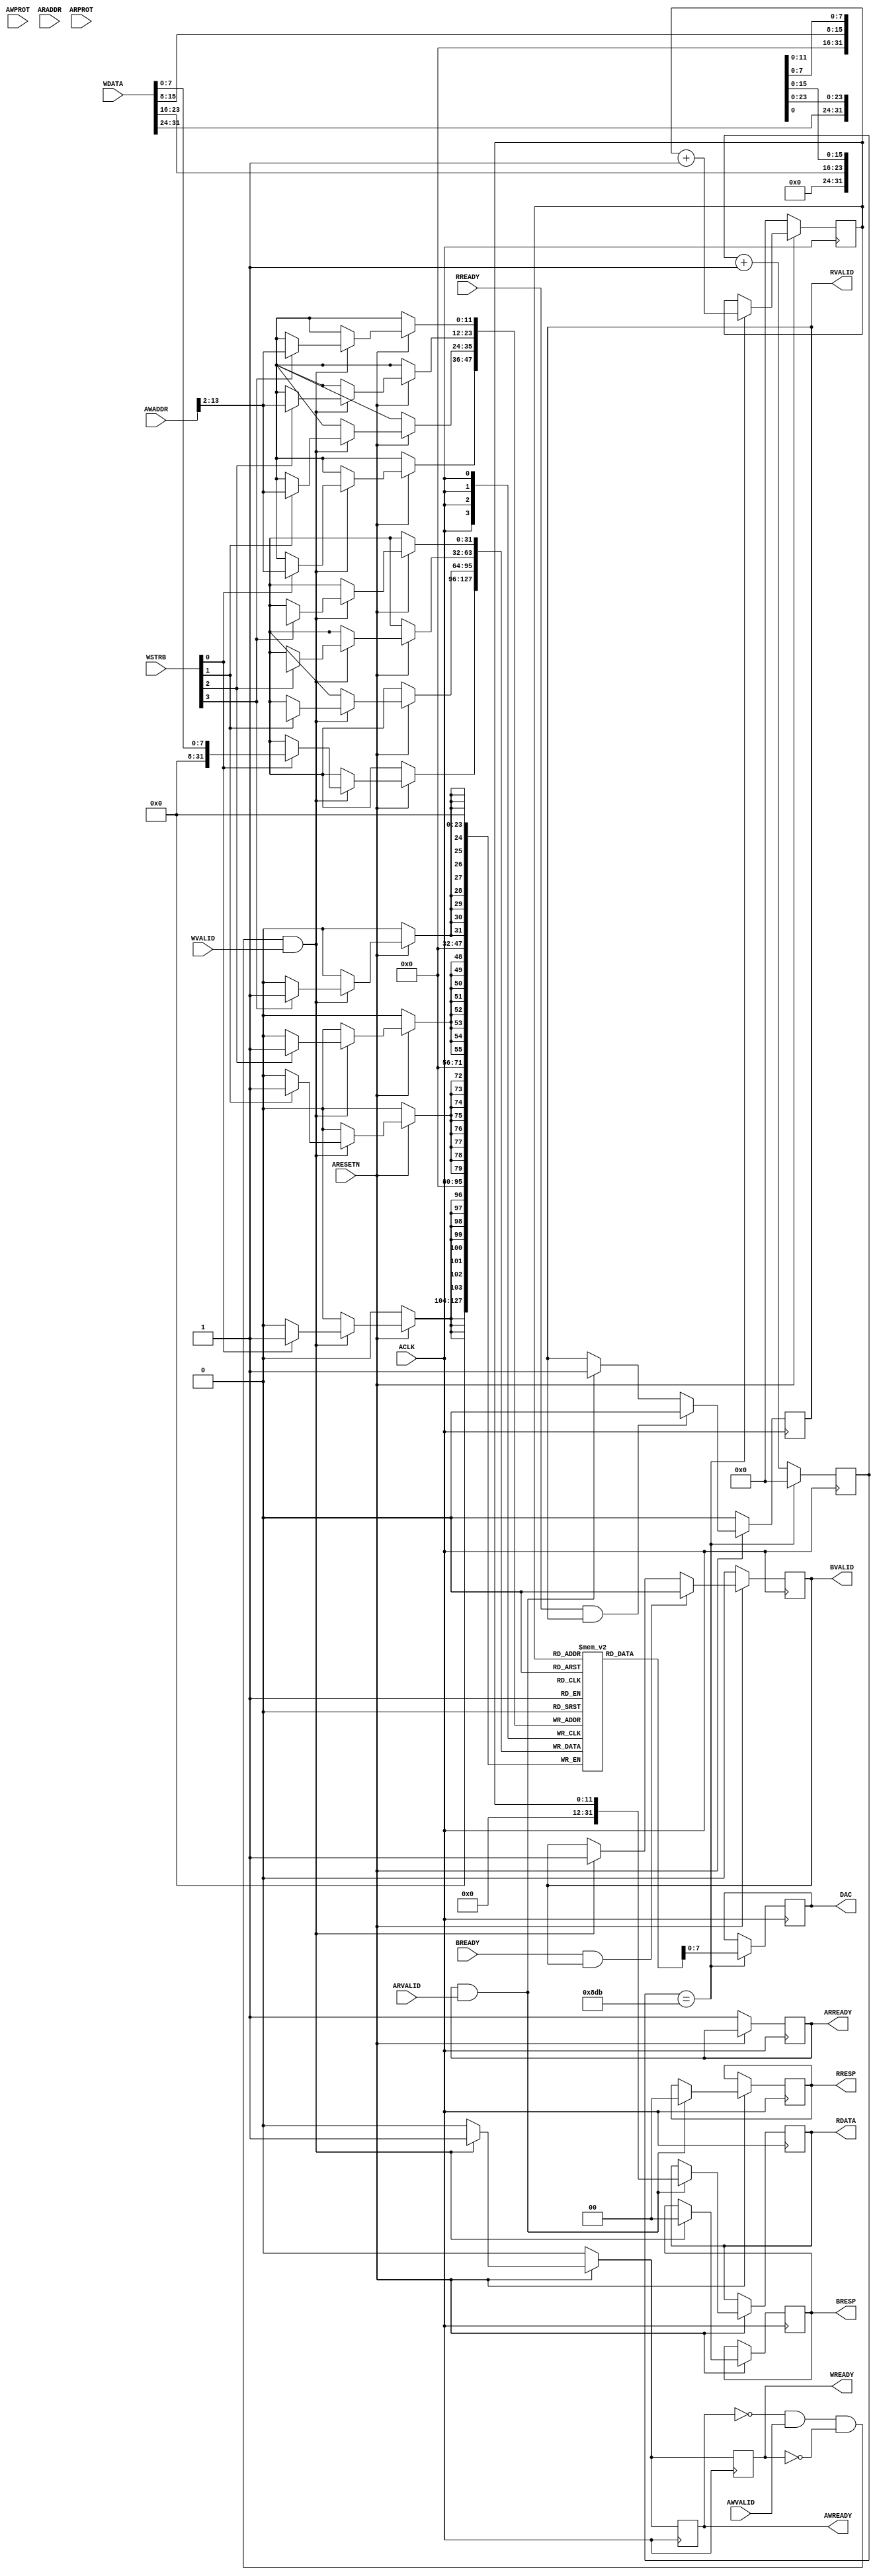
// player_r2r_top.v

`timescale 1 ns / 1 ps
`default_nettype none


module player_r2r_v1_0_S00_AXI(
        // Global        
        input  wire                                     ACLK,
        input  wire                                     ARESETN,
        
        // Slave write address channel
        input  wire [32-1:0]                            AWADDR,
        input  wire [3-1:0]                             AWPROT,
        input  wire                                     AWVALID,
        output reg                                      AWREADY,
        
        // Slave write data channel
        input  wire [32-1:0]                            WDATA,
        input  wire [4-1:0]                             WSTRB,
        input  wire                                     WVALID,
        output reg                                      WREADY,
        
        // Slave write response channel
        output reg  [2-1:0]                             BRESP,
        output reg                                      BVALID,
        input  wire                                     BREADY,
        
        // Slave read address channel
        input  wire [32-1:0]                            ARADDR,
        input  wire [3-1:0]                             ARPROT,
        input  wire                                     ARVALID,
        output reg                                      ARREADY,
        
        // Slave read data channel
        output reg  [32-1:0]                            RDATA,
        output reg  [2-1:0]                             RRESP,
        output reg                                      RVALID,
        input  wire                                     RREADY,
        
        output wire [7:0]                               DAC
    );

    // Fast register file
    reg     [31:0]                                      reg_file[4095:0];
    reg     [11:0]                                      sample_ctr = 0;

    always @(posedge ACLK) begin
        if (~ARESETN) begin
            AWREADY <= 1'b0;
            WREADY <= 1'b0;
            BVALID <= 1'b0;
            ARREADY <= 1'b1;        // Always ready for read address
            RVALID <= 1'b0;
        end else begin
            // Handle write transaction, wait until both write address and data available for asserting ready signals
            if (~AWREADY && AWVALID && ~WREADY && WVALID) begin

                // reg_file[AWADDR >> ADDR_LSB] <= WDATA;
                if (WSTRB[3]) reg_file[AWADDR >> 2][32-1:24] <= WDATA[32-1:24];
                if (WSTRB[2]) reg_file[AWADDR >> 2][24-1:16] <= WDATA[24-1:16];
                if (WSTRB[1]) reg_file[AWADDR >> 2][16-1: 8] <= WDATA[16-1: 8];
                if (WSTRB[0]) reg_file[AWADDR >> 2][ 8-1: 0] <= WDATA[ 8-1: 0];
                
                AWREADY <= 1'b1;
                WREADY <= 1'b1;
                BRESP <= 2'b00; // 'OKAY' write response
                BVALID <= 1'b1;
            end else begin
                AWREADY <= 1'b0;
                WREADY <= 1'b0;
            end
                        
            // Finalize write response
            if (BREADY && BVALID) begin
                BVALID <= 1'b0;
            end
            
            // Handle read transaction, always ready for 
            if (ARREADY && ARVALID) begin
                RDATA <= { 20'd0, sample_ctr };
                RRESP <= 2'b00; // 'OKAY' read response
                RVALID <= 1'b1;
            end
            
            // Finalize read data response
            if (RREADY && RVALID) begin
                RVALID <= 1'b0;
            end
        end
    end
   
    // Generate 44.1 kHz tick
    reg [11:0] presc = 0;
    wire tick;
    
    assign tick = (presc == 12'd2267);

    always @(posedge ACLK) begin
        if (tick) begin
            presc <= 0;
        end else begin
            presc <= presc + 12'd1;
        end
    end

    // Sample counter
    always @(posedge ACLK) begin
        if (~ARESETN) begin
            sample_ctr <= 0;
        end else begin
            if (tick)
                sample_ctr <= sample_ctr + 12'd1;
        end
    end

    reg [7:0] sample;        
    always @(posedge ACLK) begin
        if (tick)
            sample <= reg_file[sample_ctr][7:0];
    end
    
    assign DAC = sample;

endmodule